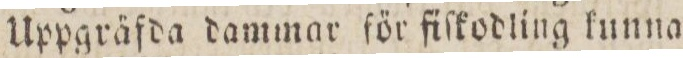
Uppgräfda dammar för fiſkodling kunna